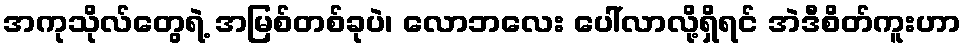
အကုသိုလ်တွေရဲ့ အမြစ်တစ်ခုပဲ၊ လောဘလေး ပေါ်လာလို့ရှိရင် အဲဒီစိတ်ကူးဟာ